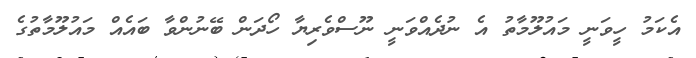
އެކަމު ހީވަނީ މައުލޫމާތު އެ ނުދެއްވަނީ ނޫސްވެރިޔާ ހޯދަން ބޭނުންވާ ބައެއް މައުލޫމާތުގެ